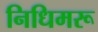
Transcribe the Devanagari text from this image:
निधिमरू